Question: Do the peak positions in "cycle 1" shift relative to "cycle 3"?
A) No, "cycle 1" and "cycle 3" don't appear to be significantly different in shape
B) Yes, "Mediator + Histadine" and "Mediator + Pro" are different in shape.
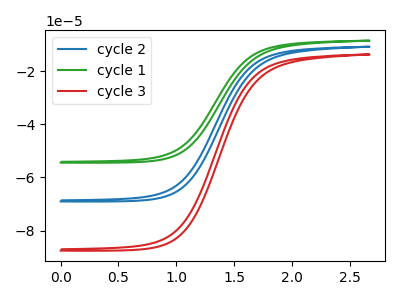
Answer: <think>The blue curve "cycle 2" has no peaks. The green curve "cycle 1" has no peaks. The red curve "cycle 3" has no peaks.
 Neither "cycle 1" or "cycle 3" have any peaks.</think>
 <answer>A) No, "cycle 1" and "cycle 3" don't appear to be significantly different in shape</answer>
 <eval>A</eval>